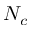
N _ { c }